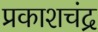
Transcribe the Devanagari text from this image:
प्रकाशचंद्र